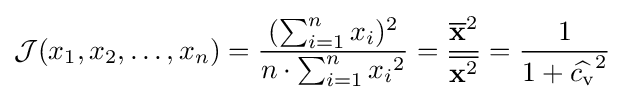
{\mathcal {J}}(x_{1},x_{2},\dots ,x_{n})={\frac {(\sum _{i=1}^{n}x_{i})^{2}}{n\cdot \sum _{i=1}^{n}{x_{i}}^{2}}}={\frac {{\overline {\mathbf {x} }}^{2}}{\overline {\mathbf {x} ^{2}}}}={\frac {1}{1+{\widehat {c_{\rm {v}}}}^{2}}}